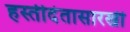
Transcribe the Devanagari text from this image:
हस्तीदंतासारखी